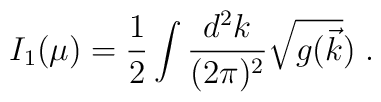
I_1(\mu)={1\over 2} \int \frac {d^2 k} {(2 \pi)^2}  {\sqrt{g(\vec{k}})} \; .